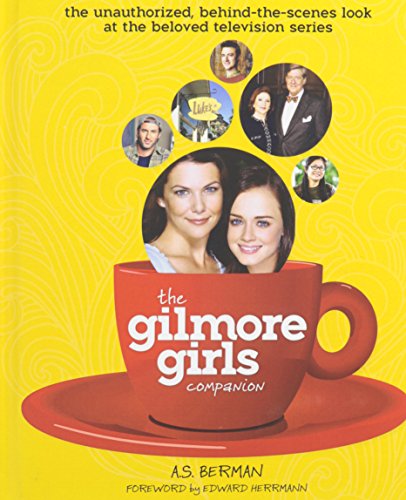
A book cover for The Gilmore Girls Companion (Hardback); A. S. Berman; Humor & Entertainment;